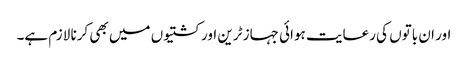
اور ان باتوں کی رعایت ہوائی جہاز ٹرین اور کشتیوں میں بھی کرنا لازم ہے۔